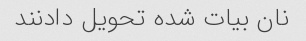
نان بیات شده تحویل دادنند